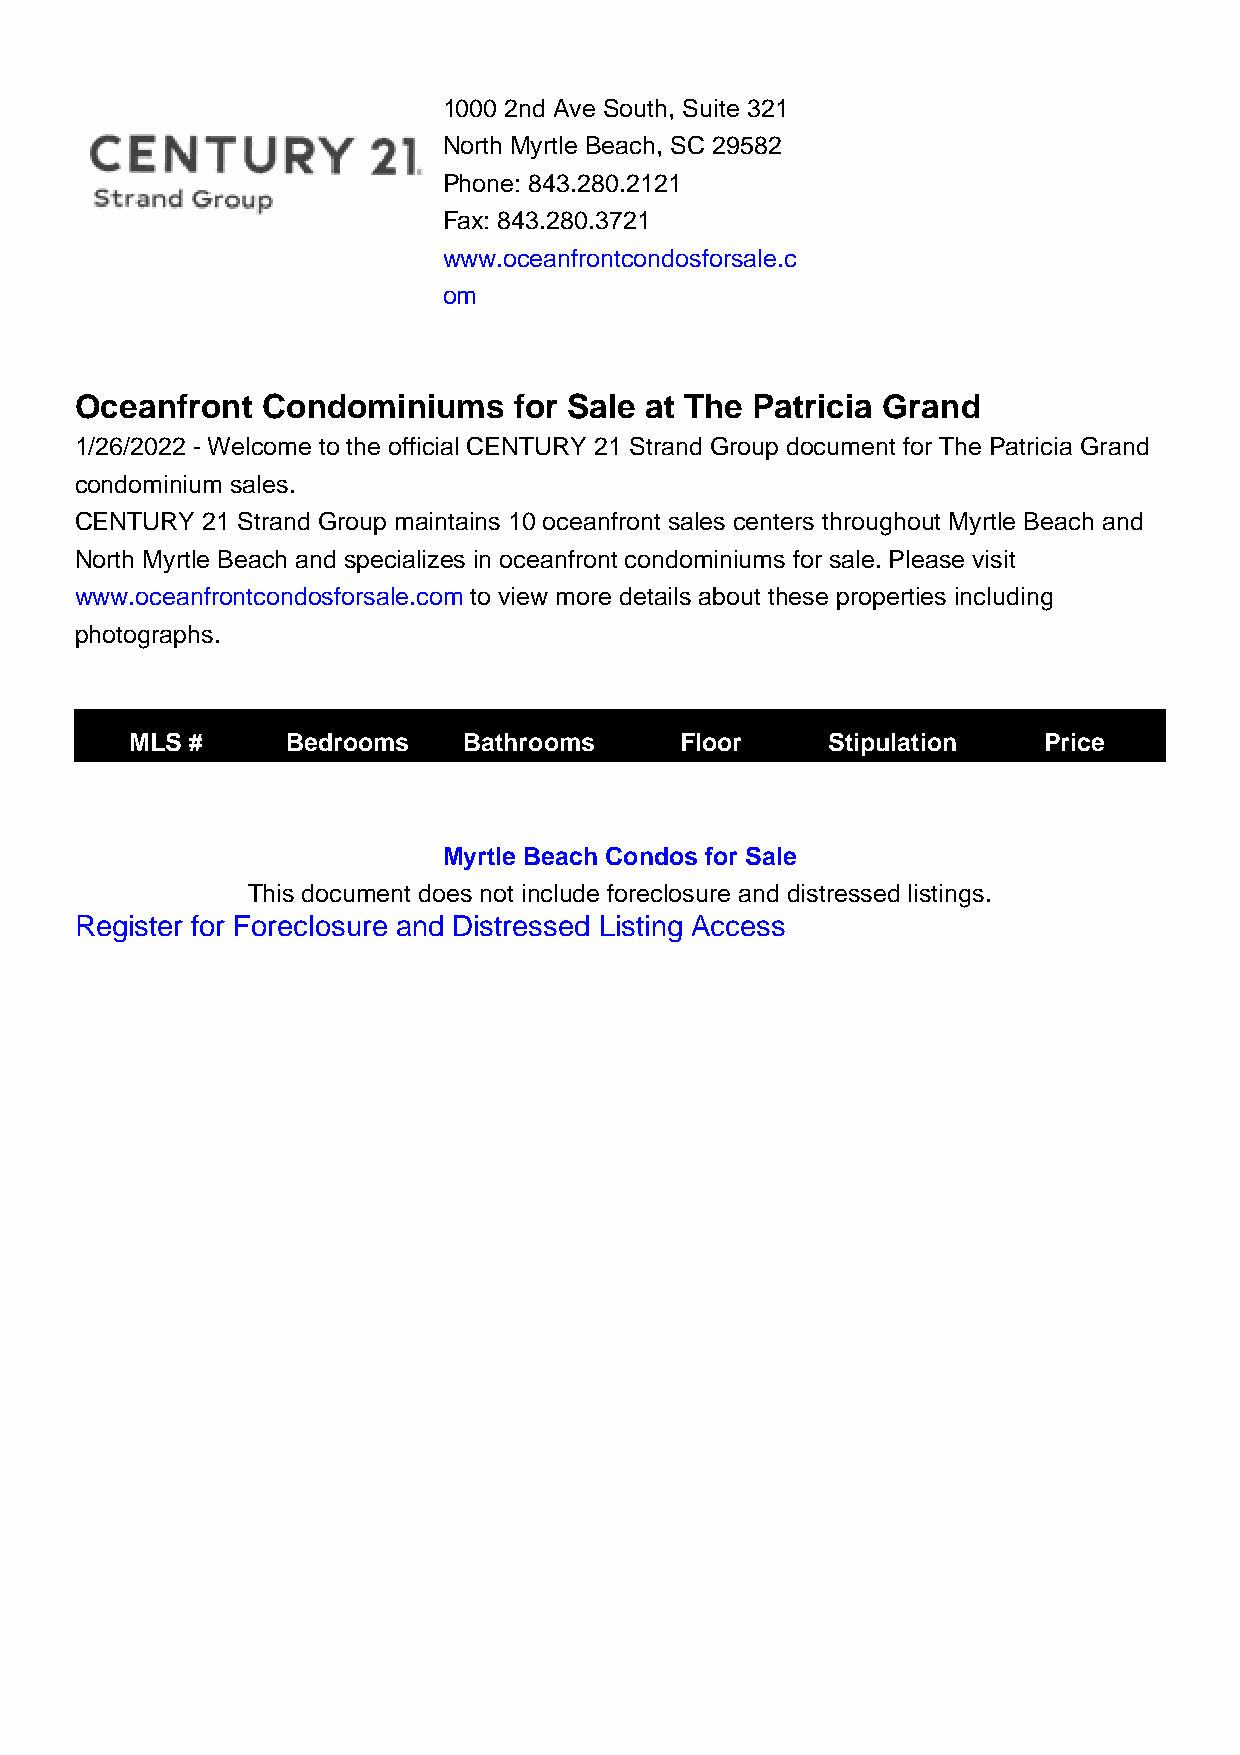
1000 2nd Ave South, Suite 321
 North Myrtle Beach, SC 29582
 Phone: 843.280.2121
 Fax: 843.280.3721
 www.oceanfrontcondosforsale.c
 om
 Oceanfront  Condominiums     for Sale at The Patricia Grand
 1/26/2022 - Welcome to the official CENTURY 21 Strand Group document for The Patricia Grand
 condominium sales.
 CENTURY 21 Strand Group maintains 10 oceanfront sales centers throughout Myrtle Beach and
 North Myrtle Beach and specializes in oceanfront condominiums for sale. Please visit
 www.oceanfrontcondosforsale.com to view more details about these properties including
 photographs.
 MLS #     Bedrooms    Bathrooms     Floor     Stipulation   Price
 Myrtle Beach Condos for Sale
 This document does not include foreclosure and distressed listings.
 Register for Foreclosure and Distressed Listing Access